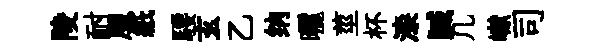
陵耐服紙騕玄乙纳曬莖杯漆贓几𪩘司